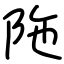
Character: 陁